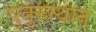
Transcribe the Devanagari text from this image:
पुनुरुत्थान